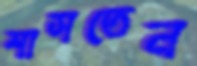
শাসতেন